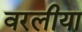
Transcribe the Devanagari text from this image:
वरलीया